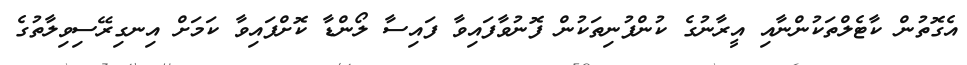
އެގޮތުން ކާޓެލްތަކުންނާއި އީރާނުގެ ކުންފުނިތަކުން ފޮނުވާފައިވާ ފައިސާ ލޯންޑާ ކޮށްފައިވާ ކަމަށް އިނގިރޭސިވިލާތުގެ